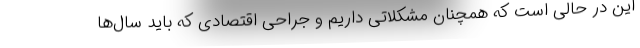
این در حالی است که همچنان مشکلاتی داریم و جراحی اقتصادی که باید سال‌ها